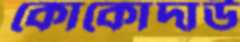
কোকোদাউ